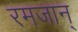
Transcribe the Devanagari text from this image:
रमजान्